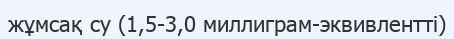
жұмсақ су (1,5-3,0 миллиграм-эквивлентті)